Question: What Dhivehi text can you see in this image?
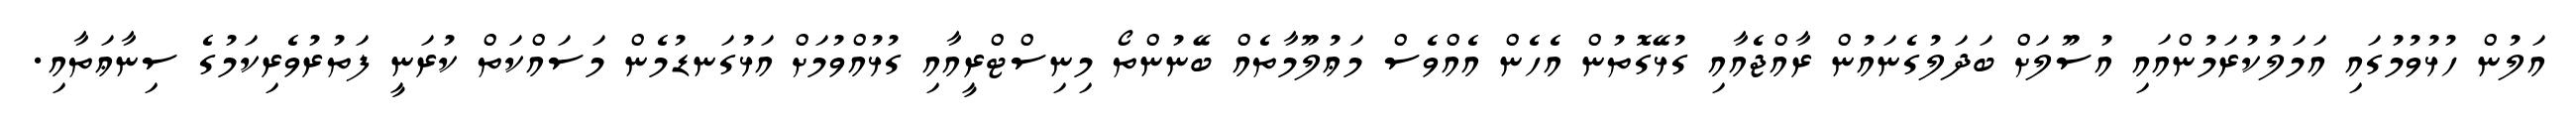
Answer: އަލުން ހުޅުވުމުގައި އަމަލުކުރަމުންއައި އުސޫލަށް ބަދަލުގެނައުން ރާއްޖެއާއި ގުޅޭގޮތުން އެހެން އެއްވެސް މަޢުލޫމާތެއް ބޭނުންތޯ މިނިސްޓްރީއާއި ގުޅުއްވުމަށް އަޅުގަނޑުމެން މަސައްކަތް ކުރަނީ ފަތުރުވެރިކަމުގެ ސިނާޢަތާއި.